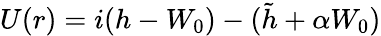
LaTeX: U(r)=i(h-W_{0})-(\tilde{h}+\alpha W_{0})